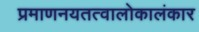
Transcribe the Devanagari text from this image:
प्रमाणनयतत्वालोकालंकार